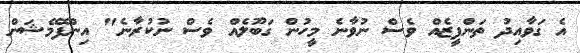
އެ ގަވާއިދު ތަންފީޒެއް ވެސް ނުވާނެ މީހުން ގަބޫލެއް ވެސް ނުކުރާނެ" އިންފޮމޭޝަން